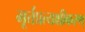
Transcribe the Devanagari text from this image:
मूर्त्तप्रत्यक्षीकरण्